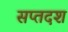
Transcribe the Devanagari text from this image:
सप्तदश